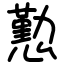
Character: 懃